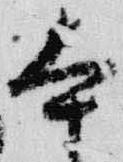
本